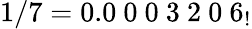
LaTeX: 1/7=0.0\ 0\ 0\ 3\ 2\ 0\ 6_{!}